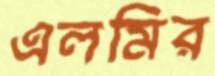
এলমির